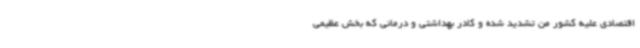
اقتصادی علیه کشور من تشدید شده و کادر بهداشتی و درمانی که بخش عظیمی